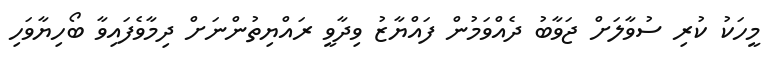
މީހަކު ކުރި ސުވާލަށް ޖަވާބު ދެއްވަމުން ފައްޔާޒު ވިދާވީ ރައްޔިތުންނަށް ދިމާވެފައިވާ ބޯހިޔާވަހި